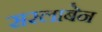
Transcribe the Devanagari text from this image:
सरलाबेन